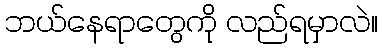
ဘယ်နေရာတွေကို လည်ရမှာလဲ။